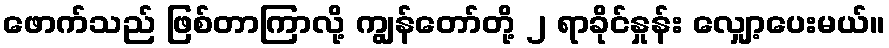
ဖောက်သည် ဖြစ်တာကြာလို့ ကျွန်တော်တို့ ၂ ရာခိုင်နှုန်း လျှော့ပေးမယ်။